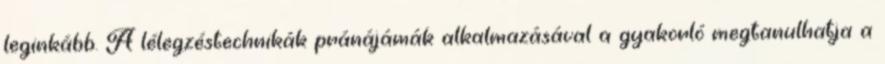
leginkább. A lélegzéstechnikák pránájámák alkalmazásával a gyakorló megtanulhatja a